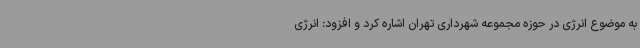
به موضوع انرژی در حوزه مجموعه شهرداری تهران اشاره کرد و افزود: انرژی